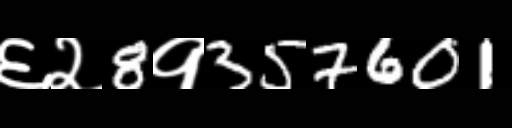
Text: ६२8१357601